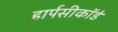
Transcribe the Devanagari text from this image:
हार्पसीकॉर्ड